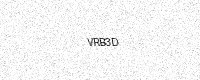
Text: VRB3D